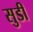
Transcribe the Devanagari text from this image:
सुडी